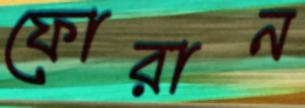
ফোরান